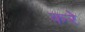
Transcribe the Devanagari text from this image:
करेे